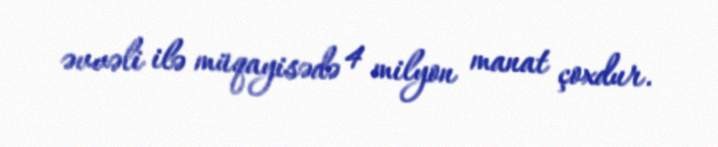
əvvəli ilə müqayisədə 4 milyon manat çoxdur.